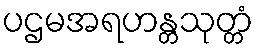
ပဌမအရဟန္တသုတ္တံ